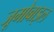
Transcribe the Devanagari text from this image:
जूमोबाइल